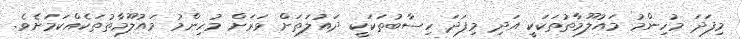
މިފަދަ މުހިންމު މައުލޫމާތުތަކަކީ އަދި މިފަދަ ހިސާބުތަކަކީ ދައުލަތަށް ވަރަށް މުހިންމު މައުލޫމާތުތަކެއްކަމަށެވެ.